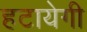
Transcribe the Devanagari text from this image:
हटायेगी